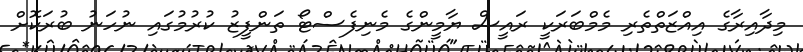
މިދާއިރާގެ އިއްޒަތްތެރި މެމްބަރަކީ ރައީސް ޔާމީންގެ މެނިފެސްޓޯ ތަންފީޒު ކުރުމުގައި ނުހަނު ބުރަކޮށް